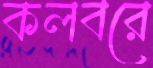
কলবরে